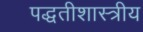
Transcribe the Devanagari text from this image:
पद्धतीशास्त्रीय